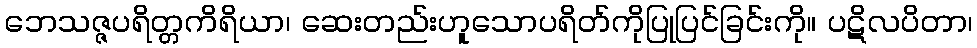
ဘေသဇ္ဇပရိတ္တကိရိယာ၊ ဆေးတည်းဟူသောပရိတ်ကိုပြုပြင်ခြင်းကို။ ပဋိလပိတာ၊